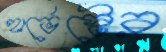
হার্ভেস্টের